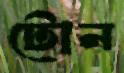
টোন